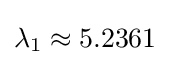
\lambda _{1}\approx 5.2361